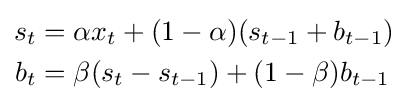
{\begin{aligned}s_{t}&=\alpha x_{t}+(1-\alpha )(s_{t-1}+b_{t-1})\\b_{t}&=\beta (s_{t}-s_{t-1})+(1-\beta )b_{t-1}\\\end{aligned}}